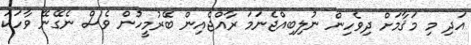
އަދި މި މަޤާމަށް ދިވެހިން ނުލިބިއްޖެނަމަ ރާއްޖެއިން ބޭރުމީހުން ވެސް ނެގޭނޭ ވާހަކަ